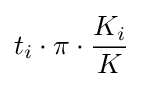
t_{i}\cdot \pi \cdot {\frac {K_{i}}{K}}